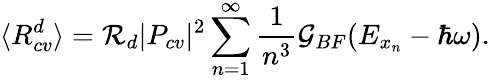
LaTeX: \langle R_{cv}^{d}\rangle=\mathcal{R}_{d}|P_{cv}|^{2}\sum_{n=1}^{\infty}\frac{1}{n^{3}}\mathcal{G}_{BF}(E_{x_{n}}-\hbar\omega).